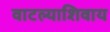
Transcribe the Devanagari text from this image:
वाटल्याशिवाय